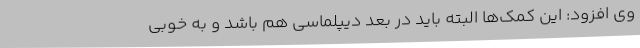
وی افزود: این کمک‌ها البته باید در بعد دیپلماسی هم باشد و به خوبی